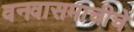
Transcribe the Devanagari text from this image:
वनवासमाचीचे